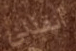
أنقذني